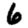
Digit: 6